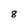
Character: 8